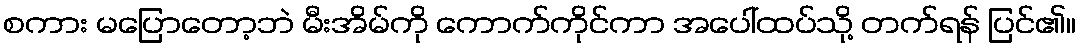
စကား မပြောတော့ဘဲ မီးအိမ်ကို ကောက်ကိုင်ကာ အပေါ်ထပ်သို့ တက်ရန် ပြင်၏။